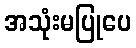
အသုံးမပြုပေ